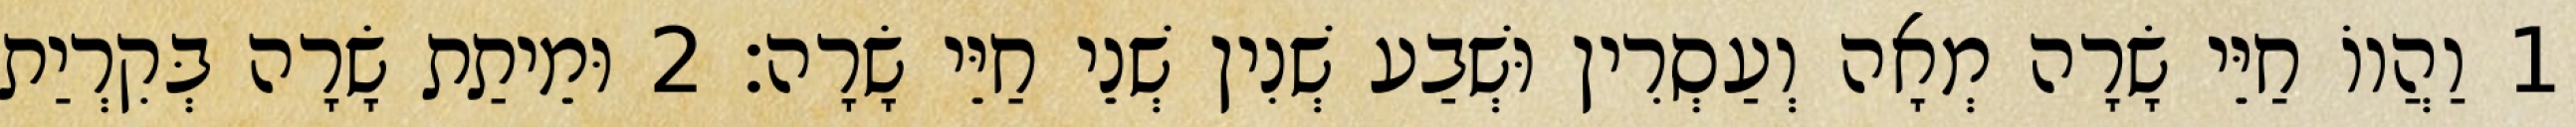
1 וַהֲווֹ חַיֵּי שָׂרָה מְאָה וְעַסְרִין וּשְׁבַע שְׁנִין שְׁנֵי חַיֵּי שָׂרָה׃ 2 וּמֵיתַת שָׂרָה בְּקִרְיַת